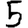
Digit: 5